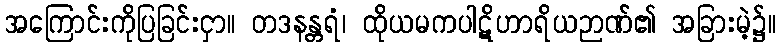
အကြောင်းကိုပြခြင်းငှာ။ တဒနန္တရံ၊ ထိုယမကပါဋိဟာရိယဉာဏ်၏ အခြားမဲ့၌။